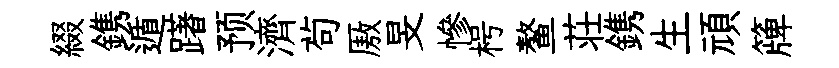
綴鎸遁躇预濟茍厫旻慘枵鳌荘鎸生頑簰